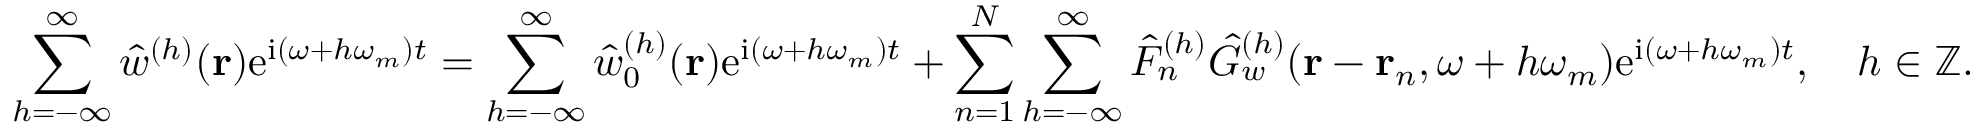
\sum _ { h = - \infty } ^ { \infty } \hat { w } ^ { ( h ) } ( \mathbf { r } ) \mathrm { e } ^ { \mathrm { i } ( \omega + h \omega _ { m } ) t } = \sum _ { h = - \infty } ^ { \infty } \hat { w } _ { 0 } ^ { ( h ) } ( \mathbf { r } ) \mathrm { e } ^ { \mathrm { i } ( \omega + h \omega _ { m } ) t } + \sum _ { n = 1 } ^ { N } \sum _ { h = - \infty } ^ { \infty } \hat { F } _ { n } ^ { ( h ) } \hat { G } _ { w } ^ { ( h ) } ( \mathbf { r } - \mathbf { r } _ { n } , \omega + h \omega _ { m } ) \mathrm { e } ^ { \mathrm { i } ( \omega + h \omega _ { m } ) t } , \quad h \in \mathbb { Z } .